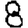
Digit: 8